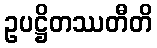
ဥပဋ္ဌိတဿတီတိ